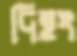
দিহং